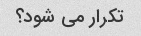
تکرار می شود؟